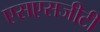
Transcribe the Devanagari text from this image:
एसएसजीटी